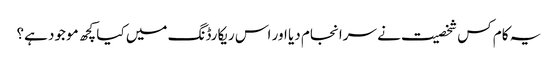
یہ کام کس شخصیت نے سرانجام دیا اور اس ریکارڈنگ میں کیا کچھ موجود ہے؟